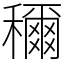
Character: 穪